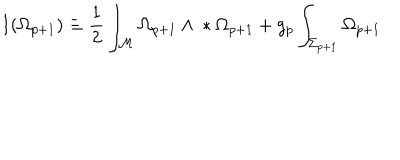
LaTeX: I ( \Omega _ { p + 1 } ) \equiv { } \frac { 1 } { 2 } \int _ { \cal { M } } \Omega _ { p + 1 } \wedge { } * \Omega _ { p + 1 } { } + g _ { p } \int _ { \Sigma _ { p + 1 } } \Omega _ { p + 1 }